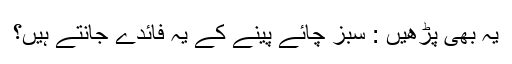
یہ بھی پڑھیں : سبز چائے پینے کے یہ فائدے جانتے ہیں؟